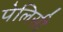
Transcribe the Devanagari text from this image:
पेलिसी